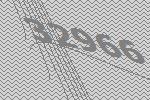
32966